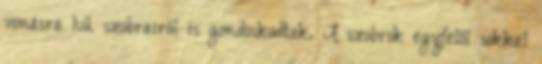
vonásra hű szobrairól is gondoskodtak. A szobrok egyfelől sokkal